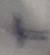
Text: +